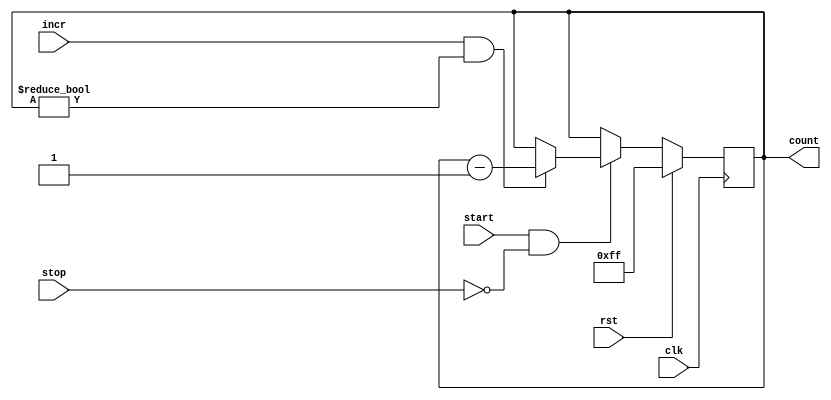
module CountdownTimer (
  input wire clk,      // Clock input
  input wire rst,      // Reset input
  input wire start,    // Start input
  input wire stop,     // Stop input
  input wire incr,     // Increment input
  output reg [7:0] count // Countdown timer value
);

always @(posedge clk) begin
  if (rst) begin
    count <= 8'hFF;    // Initialize countdown timer to starting value
  end else if (start && !stop) begin
    if (incr && count != 0) begin
      count <= count - 1; // Decrement countdown timer
    end
  end
end

endmodule